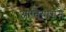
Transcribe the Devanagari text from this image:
ओबियांगने